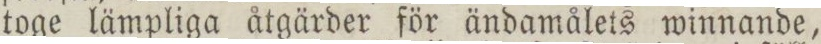
toge lämpliga åtgärder för ändamålets winnande,